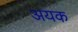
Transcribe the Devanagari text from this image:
अयक